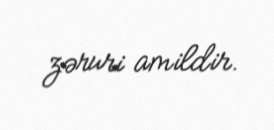
zəruri amildir.